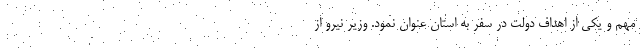
مهم و یکی از اهداف دولت در سفر به استان عنوان نمود. وزیر نیرو از